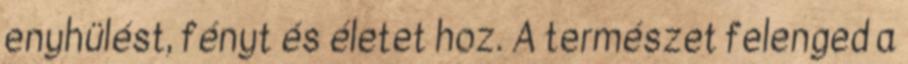
enyhülést, fényt és életet hoz. A természet felenged a